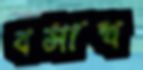
বসাখ